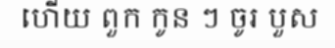
ហើយ ពួក កូន ៗ ចូរ បួស